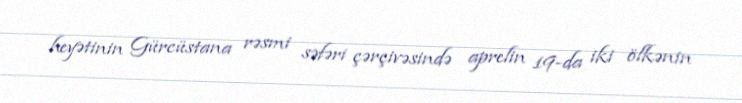
heyətinin Gürcüstana rəsmi səfəri çərçivəsində aprelin 19-da iki ölkənin